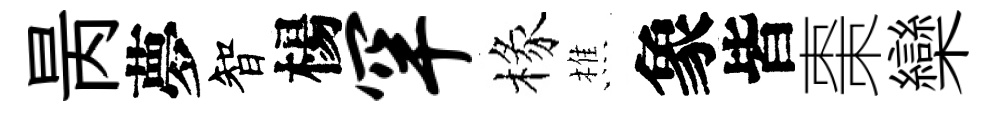
昺夢智楊罕椽樵象皆棗欒